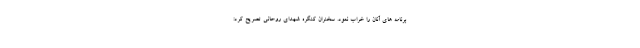
برنامه های آنان را خراب نمود. سخنران کنگره شهدای روحانی تصریح کرد: